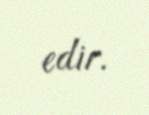
edir.